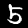
Digit: 5